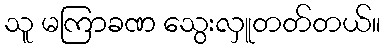
သူ မကြာခဏ သွေးလှူတတ်တယ်။